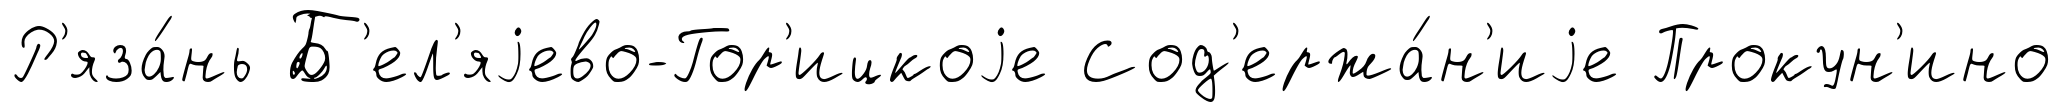
Р'яза́нь Б'ел'яjево-Гор'ицкоjе Сод'ержа́н'иjе Прокун'ино